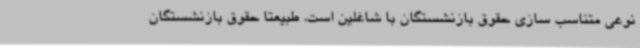
نوعی متناسب سازی حقوق بازنشستگان با شاغلین است. طبیعتا حقوق بازنشستگان